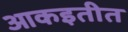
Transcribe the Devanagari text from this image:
आकइतीत